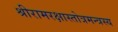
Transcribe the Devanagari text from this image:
श्रीरामरक्षास्तोत्रमन्त्रस्य